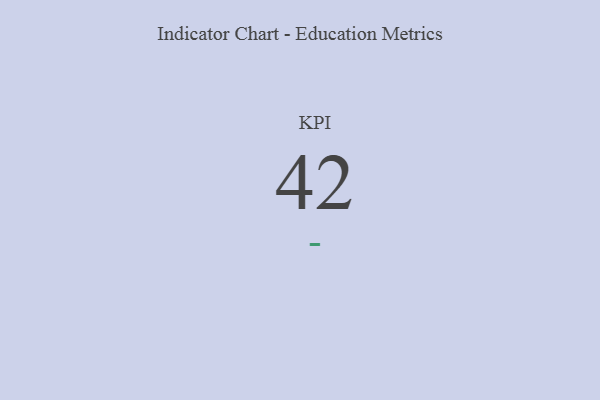
{"axis": {"x": "KPI", "y": "Value"}, "legend": [""], "data": [{"x": "KPI", "y": 42, "type": ""}]}